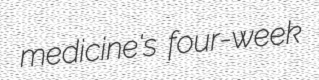
medicine's four-week